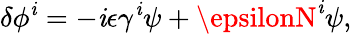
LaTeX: \delta\phi^{\mathit{i}}=-\mathit{i}\epsilon\gamma^{\mathit{i}}\psi+\epsilonN^{\mathit{i}}\psi,